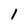
Character: 1